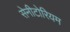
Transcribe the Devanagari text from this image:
सेनीटोरियम